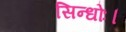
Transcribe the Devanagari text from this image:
सिन्धोः।